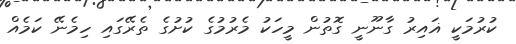
ކުރުމަކީ ޣައިރު ގާނޫނީ ގޮތުން މީހަކު މެރުމުގެ ކުށުގެ ތެރޭގައި ހިމެނޭ ކަމެއް